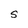
Character: S